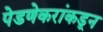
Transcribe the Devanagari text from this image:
पेडणेकरांकडून